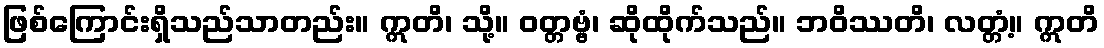
ဖြစ်ကြောင်းရှိသည်သာတည်း။ ဣတိ၊ သို့။ ဝတ္တဗ္ဗံ၊ ဆိုထိုက်သည်။ ဘဝိဿတိ၊ လတ္တံ့။ ဣတိ